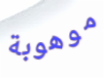
موهوبة